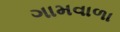
ગામવાળા